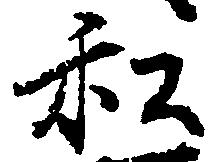
私